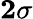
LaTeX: \mathbf{2\sigma}